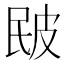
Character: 𤿕